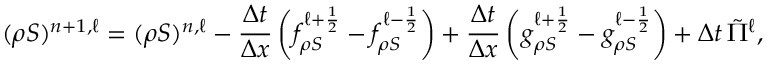
( \rho S ) ^ { n + 1 , \ell } = ( \rho S ) ^ { n , \ell } - \frac { \Delta t } { \Delta x } \left( f _ { \rho S } ^ { \ell + \frac { 1 } { 2 } } - f _ { \rho S } ^ { \ell - \frac { 1 } { 2 } } \right) + \frac { \Delta t } { \Delta x } \left( g _ { \rho S } ^ { \ell + \frac { 1 } { 2 } } - g _ { \rho S } ^ { \ell - \frac { 1 } { 2 } } \right) + \Delta t \, \tilde { \Pi } ^ { \ell } ,